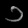
Digit: ၁